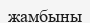
жамбыны